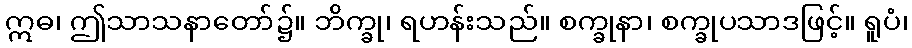
ဣဓ၊ ဤသာသနာတော်၌။ ဘိက္ခု၊ ရဟန်းသည်။ စက္ခုနာ၊ စက္ခုပသာဒဖြင့်။ ရူပံ၊